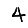
Digit: 4